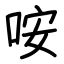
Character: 咹